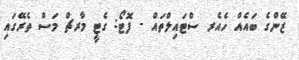
ޒޭންގެ ބައެއް ހެއެރ ސްޓައިލްތައް - ފޮޓޯ: ގެޓީ މާރޗް މަސް ތެރޭގައި